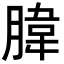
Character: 𦝛